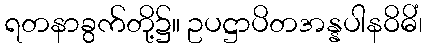
ရတနာခွက်တို့၌။ ဥပဋ္ဌာပိတအန္နပါနဝိဓိံ၊